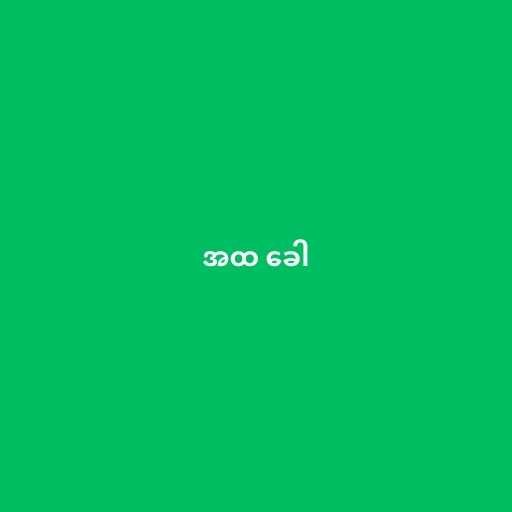
အထ ခေါ